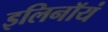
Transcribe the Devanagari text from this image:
इलिनॉयं